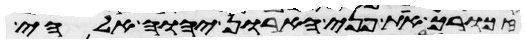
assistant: זכורך את פני הארון יהוה אלהי